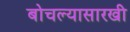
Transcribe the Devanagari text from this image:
बोचल्यासारखी